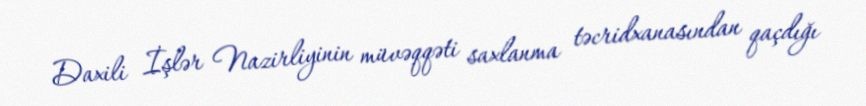
Daxili İşlər Nazirliyinin müvəqqəti saxlanma təcridxanasından qaçdığı